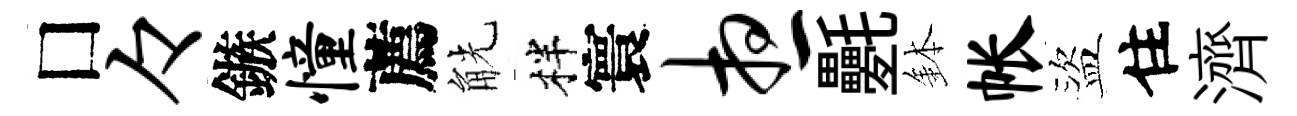
□々鏃憧薦觥柈寰想氎鉢帐盜住濟